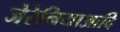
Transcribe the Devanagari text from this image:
जेरेनियाआदि